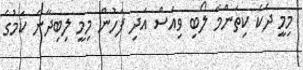
މިމީ ދެކެ ކިތަންމެ ލޯބި ވިއަސް އަދި ފަހުން މިމީ ލިބިދާނެ ކަމުގެ